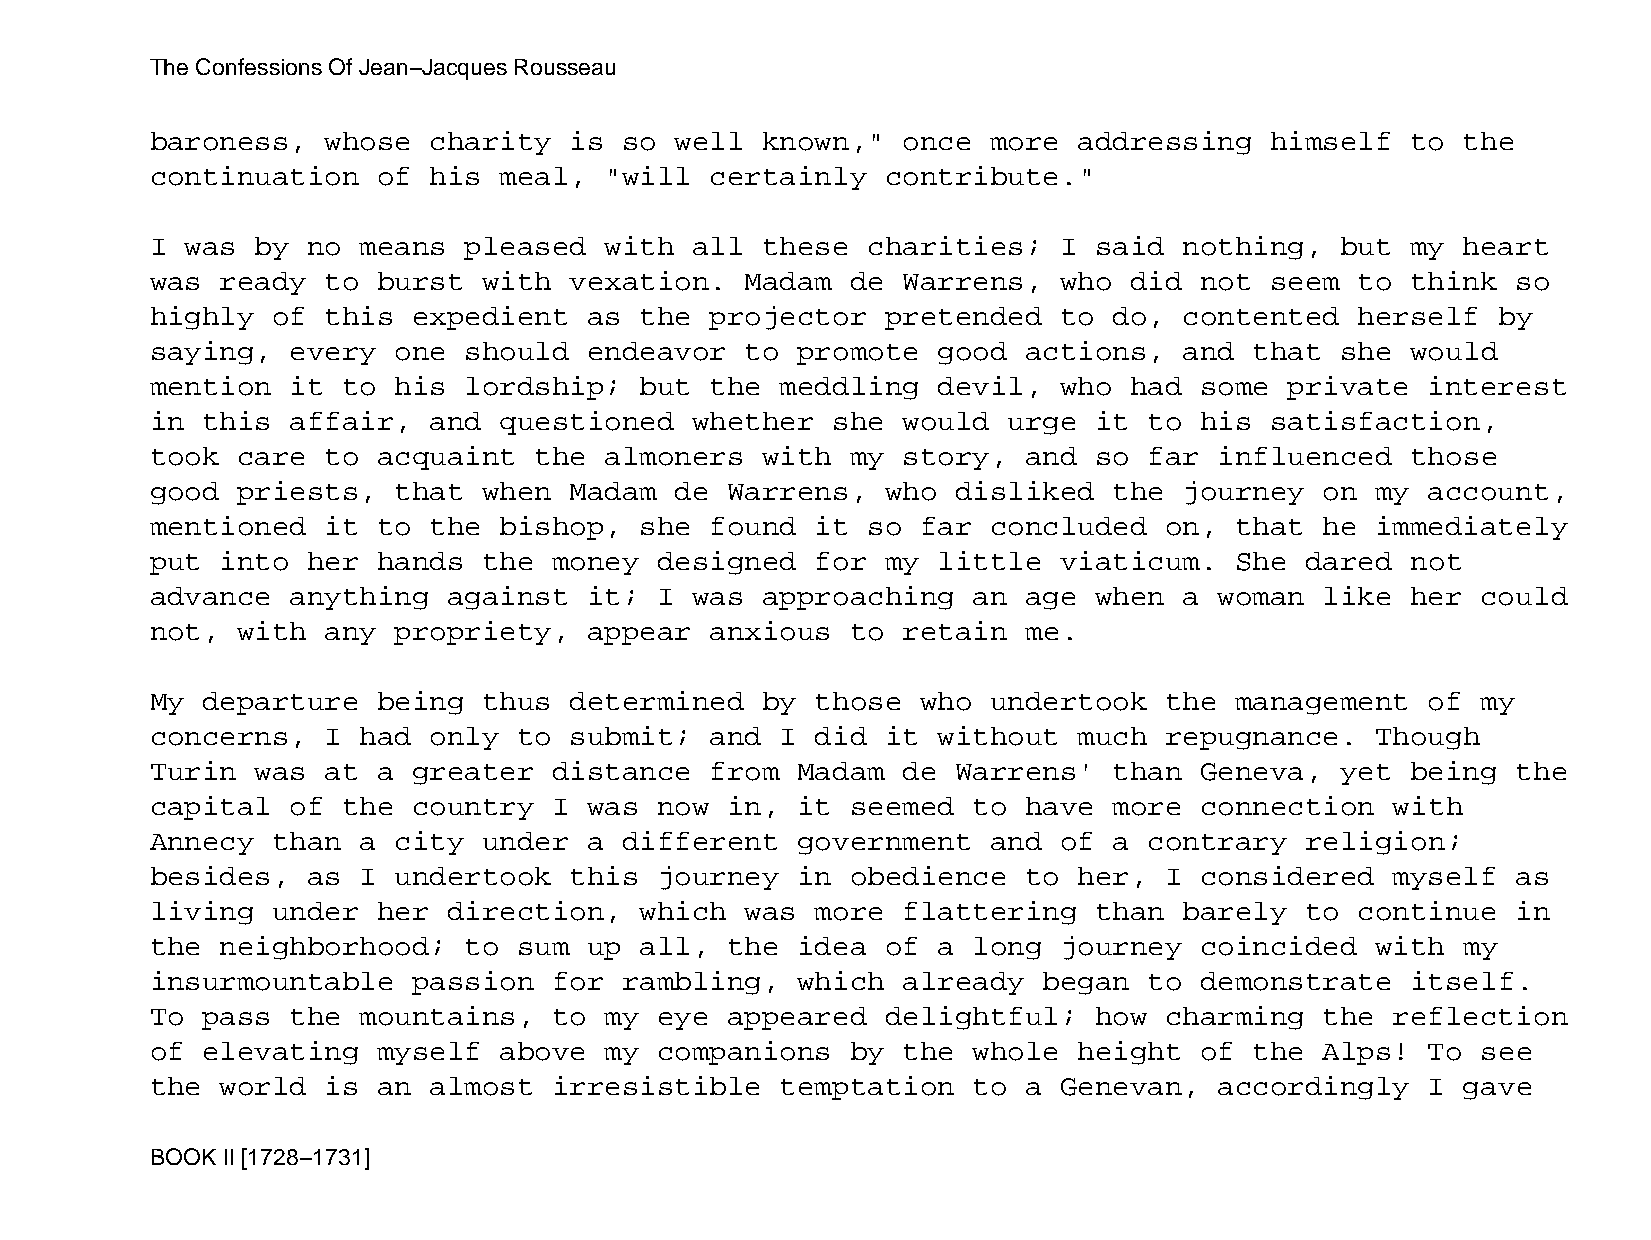
The Confessions Of Jean−Jacques Rousseau
 baroness,   whose charity   is so  well known,"   once  more addressing   himself  to  the
 continuation   of his  meal,  "will  certainly   contribute."
 I was  by no  means  pleased  with  all these  charities;   I said  nothing,   but my  heart
 was  ready  to burst  with  vexation.  Madam  de  Warrens,  who  did not  seem  to think  so
 highly  of  this expedient   as the  projector   pretended  to  do, contented   herself  by
 saying,  every  one  should  endeavor  to  promote  good  actions,  and  that  she would
 mention  it  to his  lordship;  but  the  meddling  devil,  who  had some  private   interest
 in this  affair,  and  questioned   whether  she  would  urge it  to his  satisfaction,
 took  care  to acquaint  the  almoners  with  my  story,  and so  far  influenced  those
 good  priests,  that  when  Madam  de Warrens,   who disliked   the journey   on my  account,
 mentioned   it to the  bishop,  she  found  it so  far  concluded  on,  that  he immediately
 put  into her  hands  the  money  designed  for  my little  viaticum.   She dared  not
 advance  anything   against  it;  I was approaching   an  age when  a  woman  like her  could
 not,  with  any propriety,   appear  anxious  to  retain  me.
 My departure   being  thus  determined  by  those  who  undertook  the  management   of my
 concerns,   I had only  to  submit;  and  I did  it without  much  repugnance.   Though
 Turin  was  at a greater   distance  from  Madam  de Warrens'   than Geneva,   yet being  the
 capital  of  the country   I was  now in,  it seemed  to  have  more connection   with
 Annecy  than  a city  under  a different   government   and of  a contrary  religion;
 besides,  as  I undertook   this  journey  in obedience   to her,  I considered   myself  as
 living  under  her  direction,  which  was  more  flattering  than  barely  to  continue  in
 the  neighborhood;   to sum  up all,  the  idea  of a long  journey  coincided   with  my
 insurmountable   passion   for rambling,   which  already  began  to demonstrate   itself.
 To pass  the  mountains,   to my  eye appeared   delightful;  how  charming   the reflection
 of elevating   myself  above  my  companions  by  the whole  height  of  the  Alps!  To see
 the  world  is an almost   irresistible   temptation  to  a Genevan,   accordingly   I gave
 BOOK II [1728−1731]